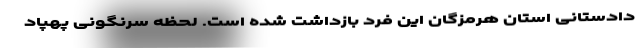
دادستانی استان هرمزگان این فرد بازداشت شده است. لحظه سرنگونی پهپاد